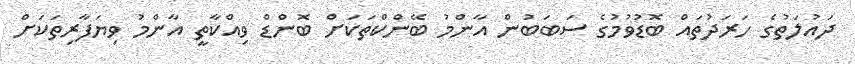
ދައުލަތުގެ ހަރަދުތައް ބޮޑުވުމުގެ ސަބަބުން އާންމު ބޭންކްތަކަށް ބޮންޑް ވިއްކާތީ އާންމު ވިޔަފާރިތަކަށް